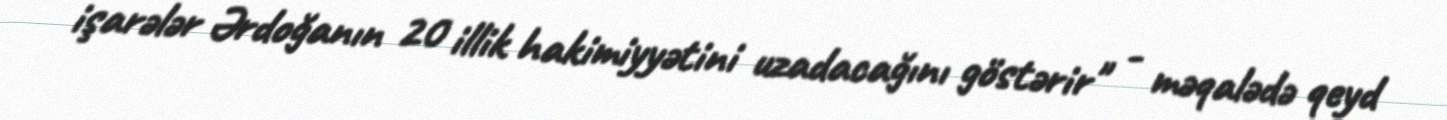
işarələr Ərdoğanın 20 illik hakimiyyətini uzadacağını göstərir" - məqalədə qeyd